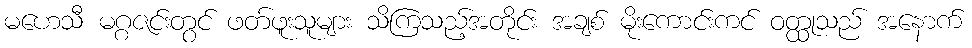
မဟေသီ မဂ္ဂဇင်းတွင် ဖတ်ဖူးသူများ သိကြသည့်အတိုင်း အချစ် မိုးကောင်းကင် ဝတ္ထုသည် အနောက်